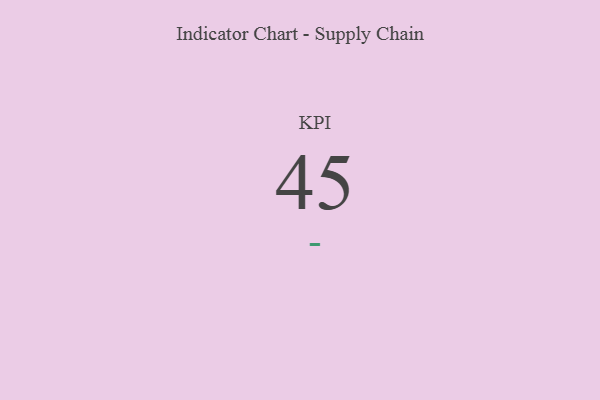
{"axis": {"x": "KPI", "y": "Value"}, "legend": [""], "data": [{"x": "KPI", "y": 45, "type": ""}]}